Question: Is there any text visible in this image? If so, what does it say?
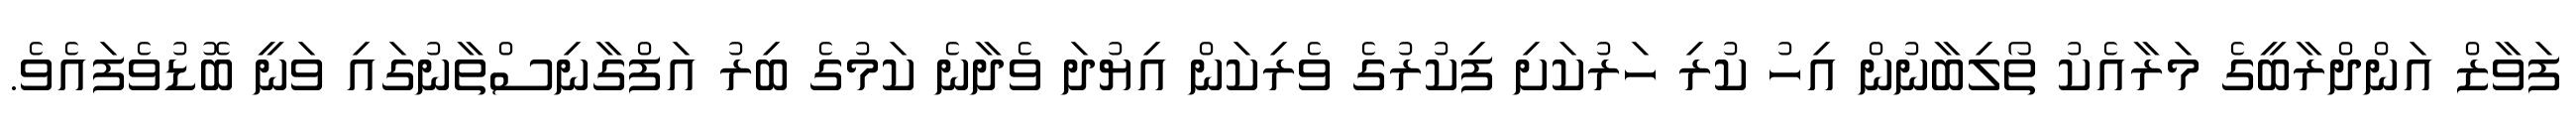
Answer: ފަވާޒް އަންދްރާބީގެ މަރާއެކު ތޯލިބާނުން އިހު ކުރި ހަރުކަށި ފިކުރުގެ ވެރިކަން އިޔުދަ ވެދާނެ ކަމުގެ ބިރު އަފްގާނިސްތާނުގައި ވަނީ ބޮޑުވެފައެވެ.